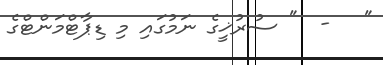
"   -  " ސުރުޚީގެ ނަމުގައި މި ޑިޕާޓްމަންޓްގެ